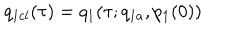
q _ { 1 c l } ( \tau ) = q _ { 1 } ( \tau ; q _ { 1 a } , p _ { 1 } ( 0 ) )